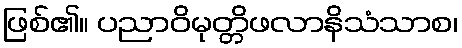
ဖြစ်၏။ ပညာဝိမုတ္တိဖလာနိသံသာစ၊